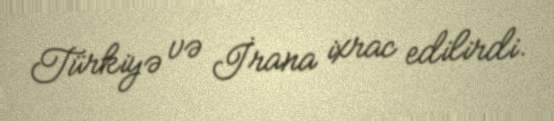
Türkiyə və İrana ixrac edilirdi.